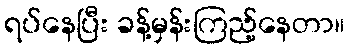
ရပ်နေပြီး ခန့်မှန်းကြည့်နေတာ။